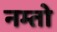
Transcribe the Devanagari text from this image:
नम्तो